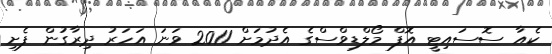
ކެއާ ސޮސައިޓީ އޮފް މޯލްޑިވްސްގެ އެދުމަށް 2011 ވަނަ އަހަރު ދިރާގުން ފެށި